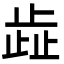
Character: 歮